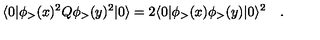
\langle 0 | \phi _ { > } ( x ) ^ { 2 } Q \phi _ { > } ( y ) ^ { 2 } | 0 \rangle = 2 \langle 0 | \phi _ { > } ( x ) \phi _ { > } ( y ) | 0 \rangle ^ { 2 } \quad .